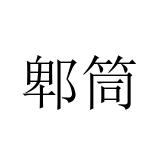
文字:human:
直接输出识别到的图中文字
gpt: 郫筒